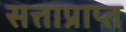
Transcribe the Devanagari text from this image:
सत्ताप्राप्त